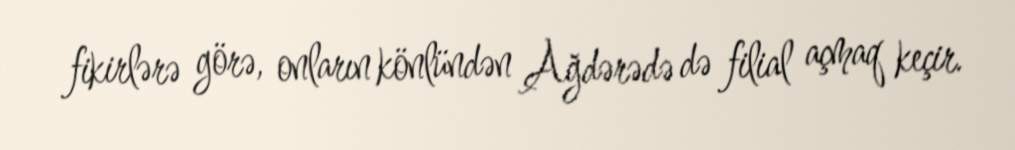
fikirlərə görə, onların könlündən Ağdərədə də filial açmaq keçir.